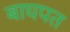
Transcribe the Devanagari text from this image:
बाघपत